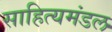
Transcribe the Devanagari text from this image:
साहित्यमंडल